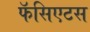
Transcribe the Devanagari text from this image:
फॅसिएटस